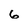
Character: 6